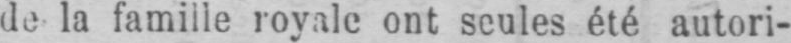
de la famille royale ont seules été autori-